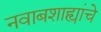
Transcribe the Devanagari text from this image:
नवाबशाह्यांचे